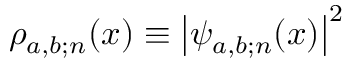
\rho _ { a , b ; \mathscr { n } } ( x ) \equiv { \left| \psi _ { a , b ; \mathscr { n } } ( x ) \right| } ^ { 2 }